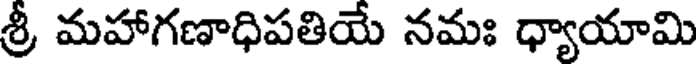
శ్రీ మహాగణాధిపతియే నమః ధ్యాయామి